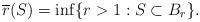
\begin{align*}\overline {r} (S) = \inf \{ r > 1 : S \subset B_r\}. \end{align*}